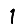
Digit: 1